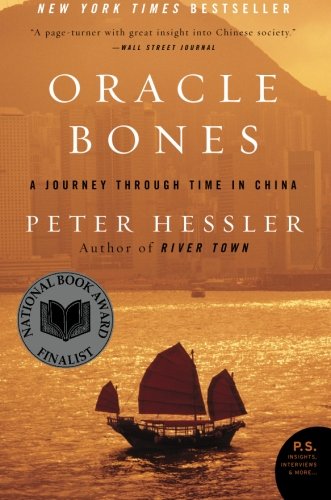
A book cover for Oracle Bones: A Journey Through Time in China; Peter Hessler; History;